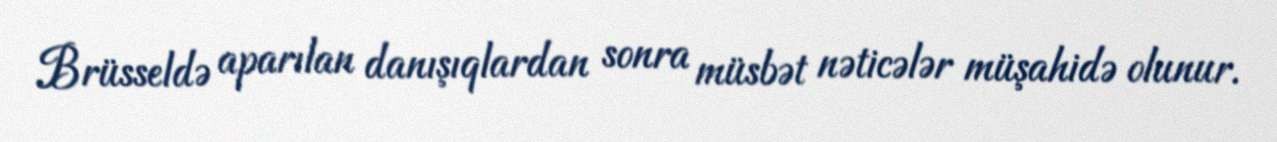
Brüsseldə aparılan danışıqlardan sonra müsbət nəticələr müşahidə olunur.